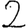
Digit: 2